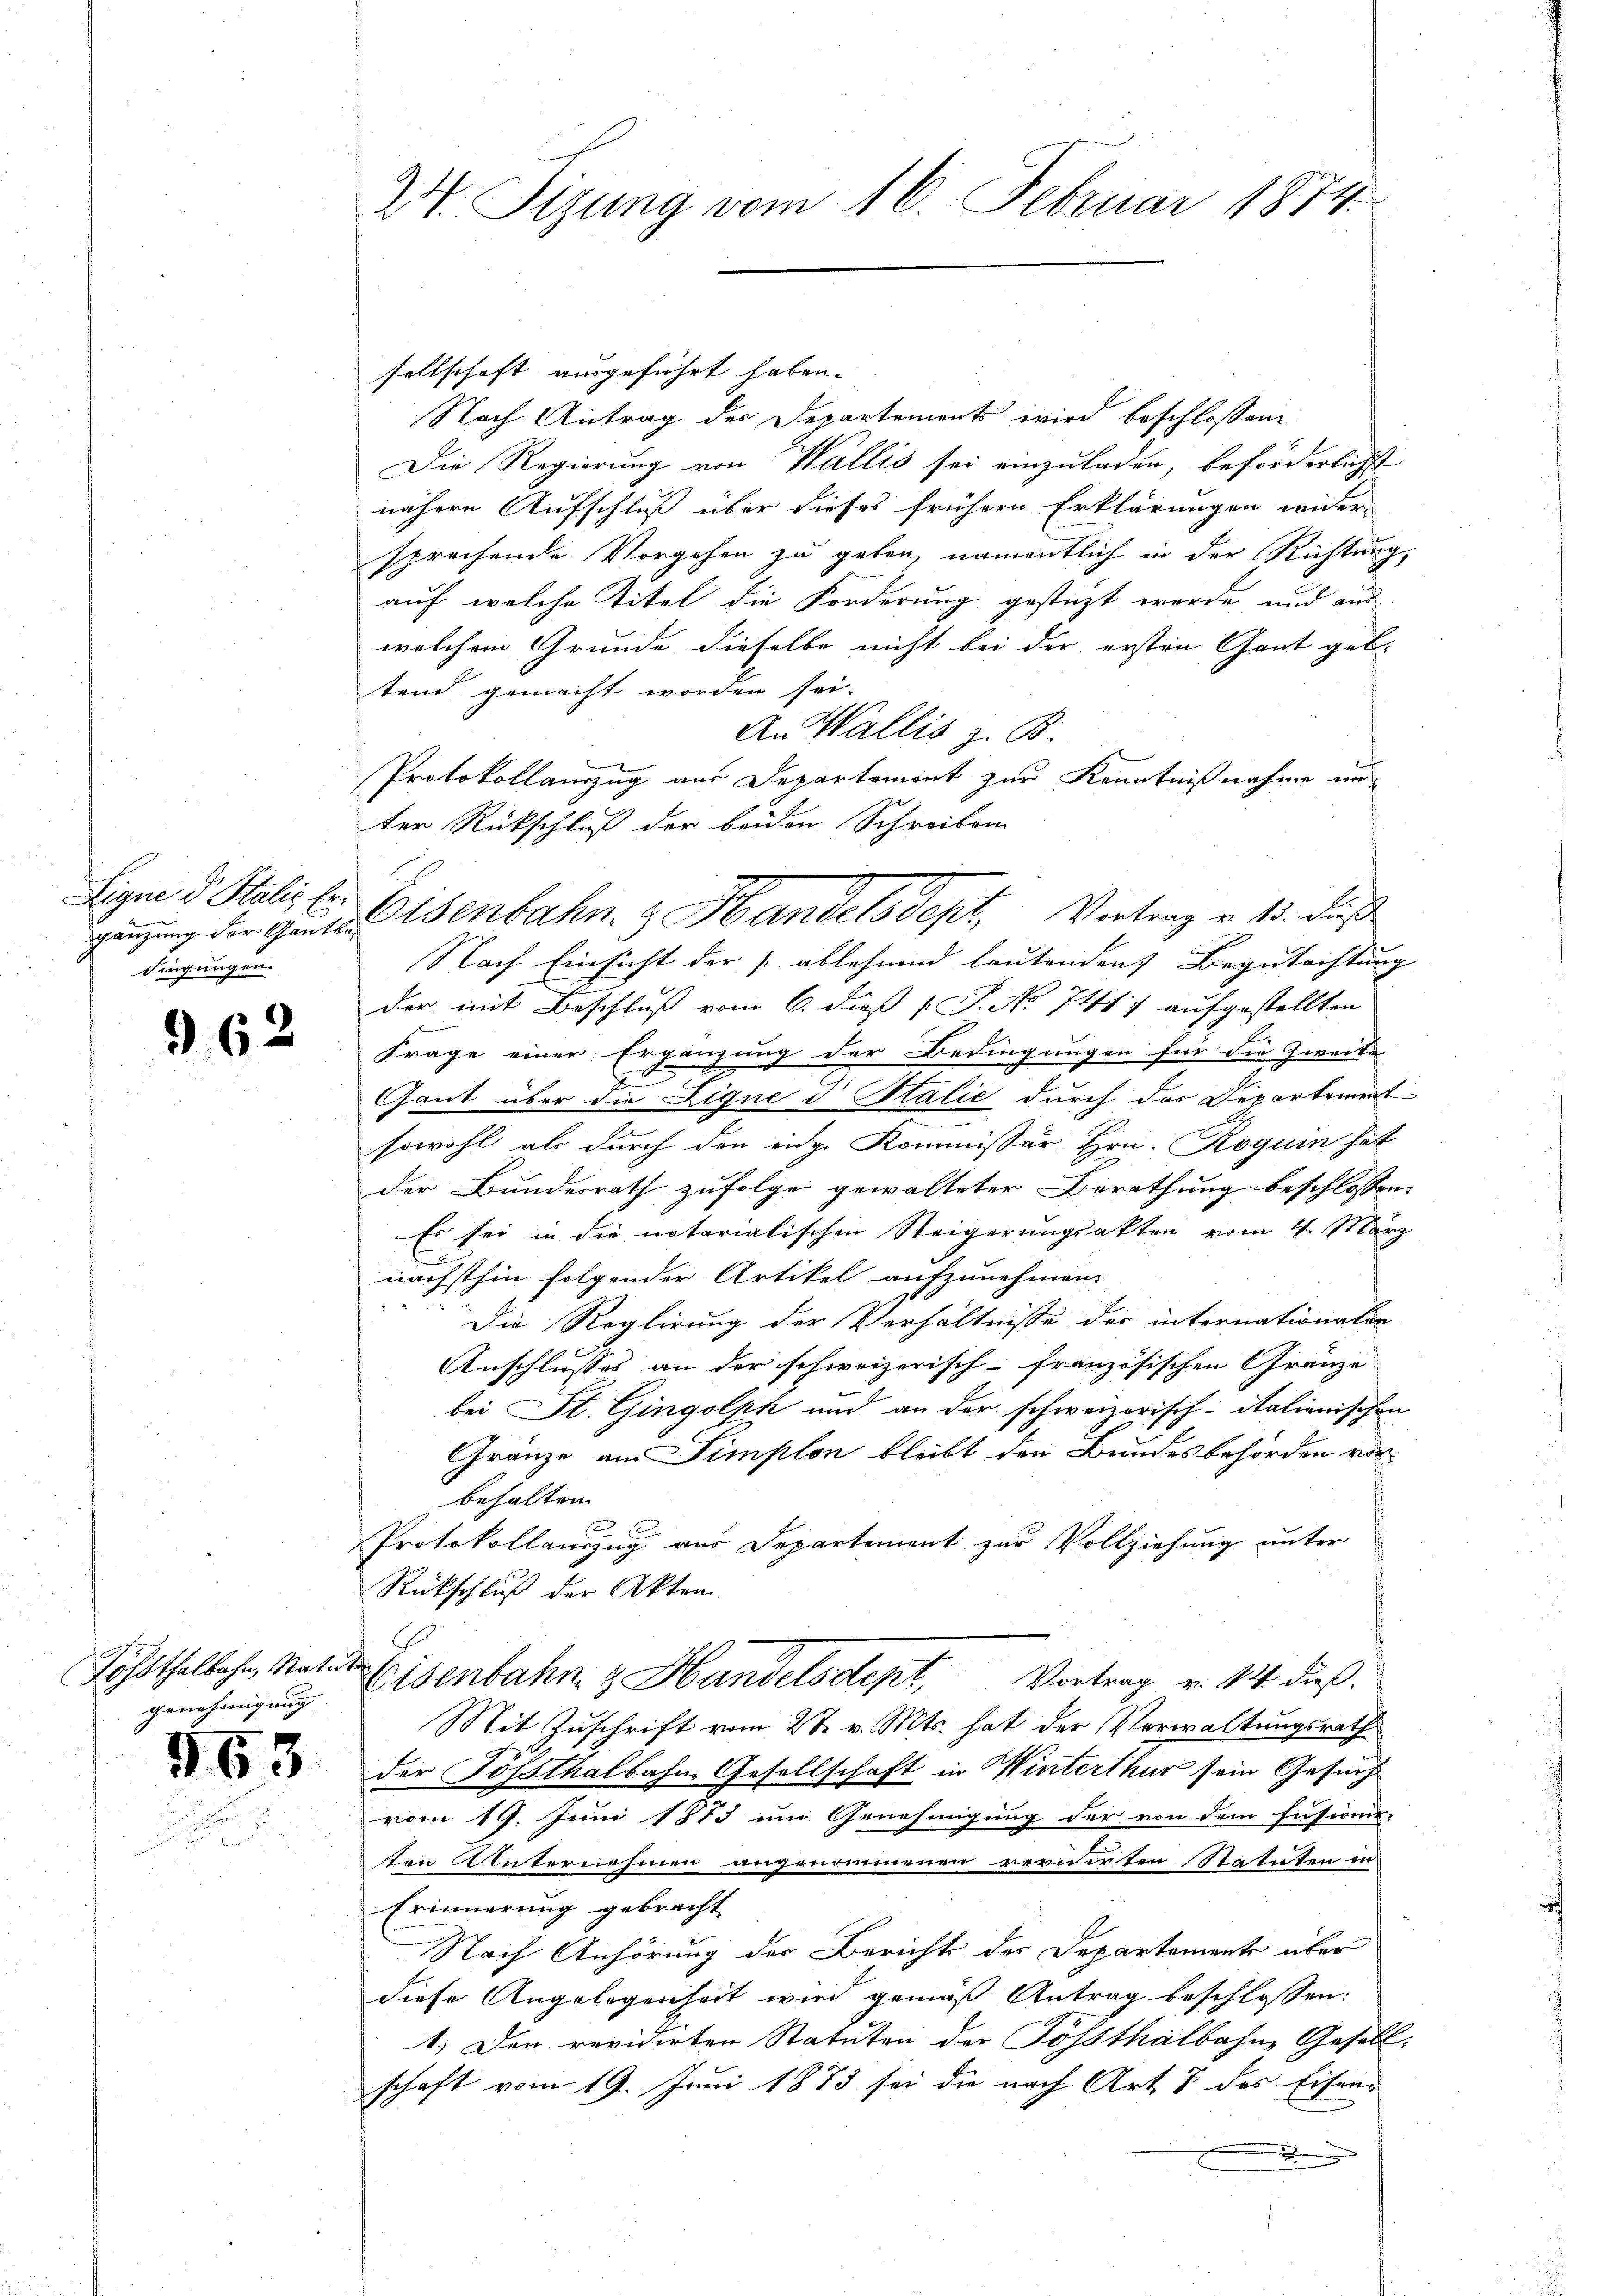
Eigne d Stalis Er
dingungen.

9. 62

genehmigung

563

24. Sizung vom 16. Februar 1874.

sellschaft ausgeführt haben.
Nach Antrag der Departements wird beschlossene
Die Regierung von Wallis sei einzuladen, beförderlichst
nähere Aufschluß über dieses frühern Erklärungen wider
sprechende Vorgehen zu geben, namentlich in der Richtung,
auf welche Titel die Forderung gestüzt werde und aus
welchem Grunde dieselbe nicht bei der ersten Gant geb.
tend gemacht worden sei.
An Wallis z. B.
Protokollanzug aus Departement zur Kenntnißnahme unter Rückschluß der beiden Schreiben
Nach Einsicht der ablehnend lautenden Begutachtung
der mit Beschluss vom 6. dieß P. No 741. 7 aufgestellten
Frage einer Ergänzung der Bedingungen für die Zweite
.
Gant über die Ligne d Italić durch das Departement
.
sowohl als durch den eidg. Kommissär Hrn. Roguin hat
der Bundesrath zufolge gewalteter Berathung beschlossen,
Es sei in die notarialischen Steigerungsakten vom 4. März
nächsthin folgender Artikel aufzunehmen.

Die Reglirung der Verhältnisse des internationatur
Anschlusses an der schweizerisch-französischen Gränze
bei St. Gingolph und an der schweizerisch-Italienischen
Gränze am Timplon bleibt den Bundesbehörden vor
behalten
2
Protokollauszug aus Departement zur Vollziehung unter
Rückschluß der Akten.
Föhnthalbahn, Natur Eisenbahn z. Handelsdept, Vortrag v. 114. dieß¬
Mit Zuschrift vom 27. v. Mts. hat der Verwaltungsrath
der Posthalbahn Gesellschaft in Winterthur sein Gesuch
vom 19. Juni 1873 um Genehmigung der von dem Fussions-
ten Unternehmen angenommenen revidirten Statuten in
Erinnerung gebracht
Nach Anhörung der Berichts der Departemente über
diese Angelegenheit wird gemäß Antrag beschlossen:
1.) Den revidirten Statuten der Possthalbahne Gesell-
schaft vom 19. Juni 1873 sei die nach Art 8 des Eisend
.

gänzung der Ausstenbahn & Handelsdept, Vortrag v. 13. daß